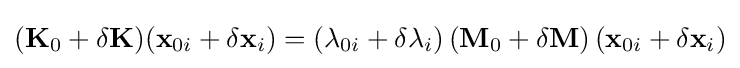
(\mathbf {K} _{0}+\delta \mathbf {K} )(\mathbf {x} _{0i}+\delta \mathbf {x} _{i})=\left(\lambda _{0i}+\delta \lambda _{i}\right)\left(\mathbf {M} _{0}+\delta \mathbf {M} \right)\left(\mathbf {x} _{0i}+\delta \mathbf {x} _{i}\right)